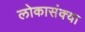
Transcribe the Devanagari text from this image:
लोकासंक्या